Civil Veterinary Dept. North-West Frontier Province 1901-22 - 1901-1922
Year: 1901
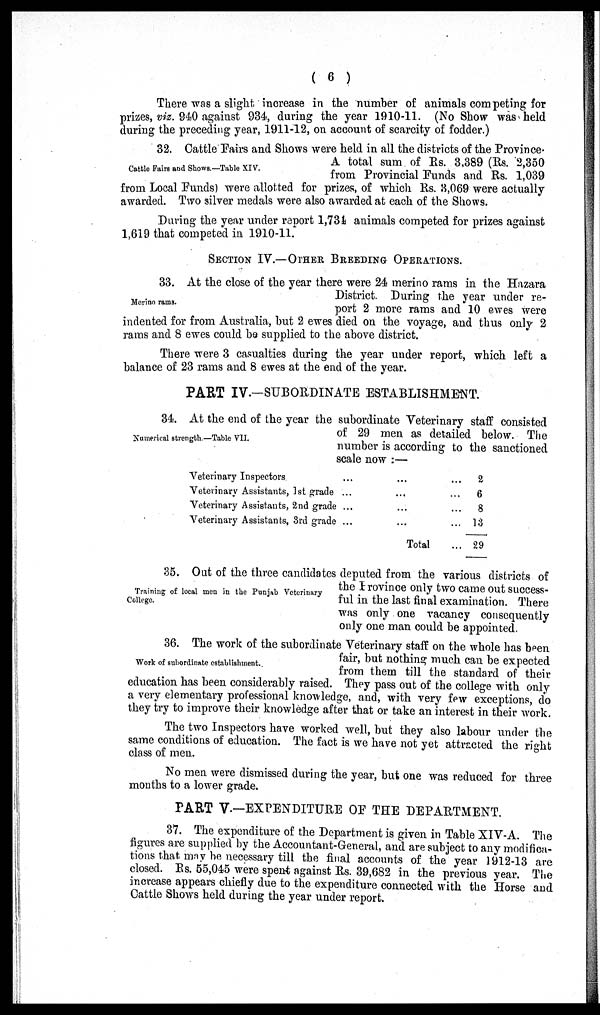
( 6 )
There was a slight increase in the number of animals competing for
prizes, viz. 940 against 934, during the year 1910-11. (No Show was held
during the preceding year, 1911-12, on account of scarcity of fodder.)
Cattle Fairs and Shows.—Table XIV.
32 Cattle Fairs and Shows were held in all the districts of the Province
A total sum of Rs. 3,389 (Rs. 2,350
from Provincial Funds and Rs. 1,039
from Local Funds) were allotted for prizes, of which Rs. 3,069 were actually
awarded. Two silver medals were also awarded at each of the Shows.
During the year under report 1,734 animals competed for prizes against
1,619 that competed in 1910-11.
SECTION IV.—OTHER BREEDING OPERATION.
Merino rams.
33. At the close of the year there were 24 merino rams in the Hazara
District. During the year under re-
port 2 more rams and 10 ewes were
indented for from Australia, but 2 ewes died on the voyage, and thus only 2
rams and 8 ewes could be supplied to the above district.
There were 3 casualties during the year under report, which left a
balance of 23 rams and 8 ewes at the end of the year.
PART IV.—SUBORDINATE ESTABLISHMENT.
Numerical strength.—Table VII.
34. At the end of the year the subordinate Veterinary staff consisted
of 29 men as detailed below. The
number is according to the sanctioned
scale now:—
Veterinary Inspectors
Veterinary Assistants, 1st grade
Veterinary Assistants, 2nd grade
Veterinary Assistants, 3rd grade
...
...
...
...
...
...
...
...
Total
...
2
...
6
...
8
... 13
... 29
Training of local men in the Punjab Veterinary
College.
35. Out of the three candidates deputed from the various districts of
the Province only two came out success-
ful in the last final examination. There
was only one vacancy consequently
only one man could be appointed.
Work of subordinate establishment.
36. The work of the subordinate Veterinary staff on the whole has been
fair, but nothing much can be expected
from them till the standard of their
education has been considerably raised. They pass out of the college with only
a very elementary professional knowledge, and, with very few exceptions, do
they try to improve their knowledge after that or take an interest in their work.
The two Inspectors have worked well, but they also labour under the
same conditions of education. The fact is we have not yet attracted the right
class of men.
No men were dismissed during the year, but one was reduced for three
months to a lower grade.
PART V.—EXPENDITURE OF THE DEPARTMENT.
37. The expenditure of the Department is given in Table XIV-A. The
figures are supplied by the Accountant-General, and are subject to any modifica-
tions that may be necessary till the final accounts of the year 1912-13 are
closed. Rs. 55,045 were spent against Rs. 39,682 in the previous year. The
increase appears chiefly due to the expenditure connected with the Horse and
Cattle Shows held during the year under report.